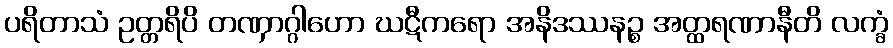
ပရိတာသံ ဥတ္တရိပိ တဏှာဂ္ဂါဟော ဃဋီကရော အနိဒဿနဉ္စ အတ္ထရဏာနီတိ လက္ခံ